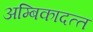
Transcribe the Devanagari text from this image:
अम्बिकादत्‍त